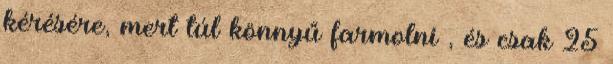
kérésére, mert túl könnyű farmolni , és csak 25